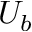
U _ { b }